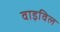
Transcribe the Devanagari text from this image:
वाइविल